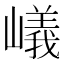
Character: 嶬